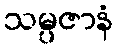
သမ္ပဇာနံ